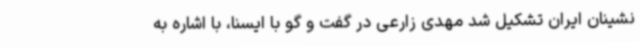
نشینان ایران تشکیل شد مهدی زارعی در گفت و گو با ایسنا، با اشاره به